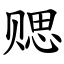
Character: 䞏